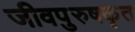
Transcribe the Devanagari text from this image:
जीवपुरुषकृत